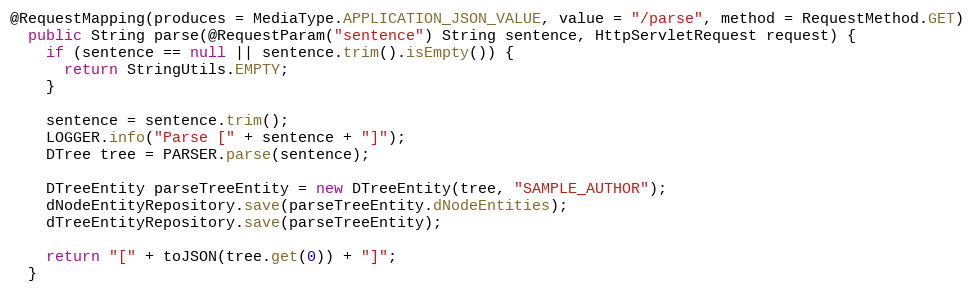
Language: Java
@RequestMapping(produces = MediaType.APPLICATION_JSON_VALUE, value = "/parse", method = RequestMethod.GET)
  public String parse(@RequestParam("sentence") String sentence, HttpServletRequest request) {
    if (sentence == null || sentence.trim().isEmpty()) {
      return StringUtils.EMPTY;
    }

    sentence = sentence.trim();
    LOGGER.info("Parse [" + sentence + "]");
    DTree tree = PARSER.parse(sentence);

    DTreeEntity parseTreeEntity = new DTreeEntity(tree, "SAMPLE_AUTHOR");
    dNodeEntityRepository.save(parseTreeEntity.dNodeEntities);
    dTreeEntityRepository.save(parseTreeEntity);

    return "[" + toJSON(tree.get(0)) + "]";
  }